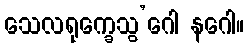
သေလရုက္ခေသွ’ဂေါ နဂေါ။